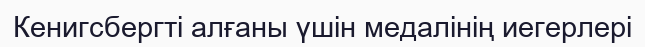
Кенигсбергті алғаны үшін медалінің иегерлері